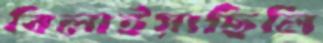
বিলাইয়াছিলি